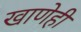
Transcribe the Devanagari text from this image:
खाणेही